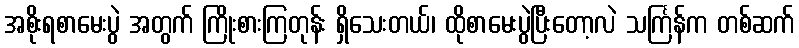
အစိုးရစာမေးပွဲ အတွက် ကြိုးစားကြတုန်း ရှိသေးတယ်၊ ထိုစာမေးပွဲပြီးတော့လဲ သင်္ကြန်က တစ်ဆက်